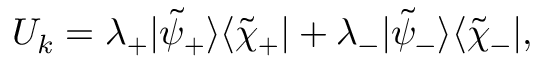
U _ { k } = \lambda _ { + } | \tilde { \psi } _ { + } \rangle \langle \tilde { \chi } _ { + } | + \lambda _ { - } | \tilde { \psi } _ { - } \rangle \langle \tilde { \chi } _ { - } | ,